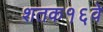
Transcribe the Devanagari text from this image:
शतक१६वे